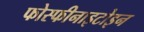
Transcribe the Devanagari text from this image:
फोस्फीनाइटोइन